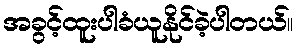
အခွင့်ထူးပါခံယူနိုင်ခဲ့ပါတယ်။